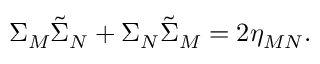
\Sigma _ { M } \tilde { \Sigma } _ { N } + \Sigma _ { N } \tilde { \Sigma } _ { M } = 2 \eta _ { M N } .